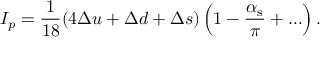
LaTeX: I _ { p } = \frac 1 { 1 8 } ( 4 \Delta u + \Delta d + \Delta s ) \left( 1 - \frac { \alpha _ { \mathrm { s } } } \pi + \ldots \right) .